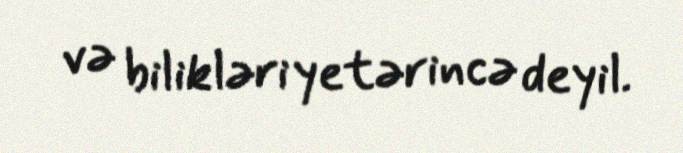
və bilikləri yetərincə deyil.